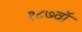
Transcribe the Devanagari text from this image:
१८७वॉ